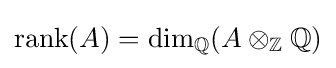
\operatorname {rank} (A)=\dim _{\mathbb {Q} }(A\otimes _{\mathbb {Z} }\mathbb {Q} )